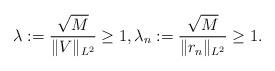
LaTeX: \begin{align*}\lambda:= \frac{\sqrt{M}}{\|V\|_{L^2}} \geq 1, \lambda_n := \frac{\sqrt{M}}{\|r_n\|_{L^2}} \geq 1.\end{align*}